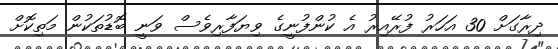
ދިރާގަށް 30 އަހަރު ފުރޭއިރު އެ ކުންފުނީގެ ވިޔަފާރިވެސް ވަނީ ބޮޑުތަކުން މަތިކޮށް